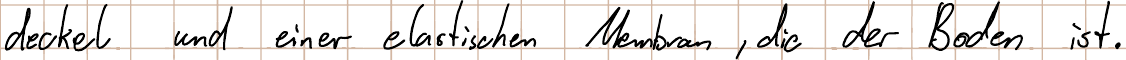
deckel und einer elastischen Membran, die der Boden ist.